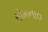
સોમના૦